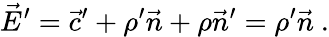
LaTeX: {\vec{E}}^{\prime}={\vec{c}}^{\prime}+\rho^{\prime}{\vec{n}}+\rho{\vec{n}}^{\prime}=\rho^{\prime}{\vec{n}}\ .